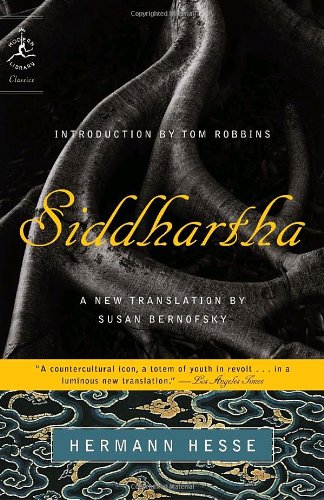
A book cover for Siddhartha (Modern Library Classics); Hermann Hesse; Literature & Fiction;